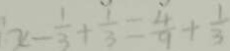
x - \frac { 1 } { 3 } + \frac { 1 } { 3 } = \frac { 4 } { 9 } + \frac { 1 } { 3 }